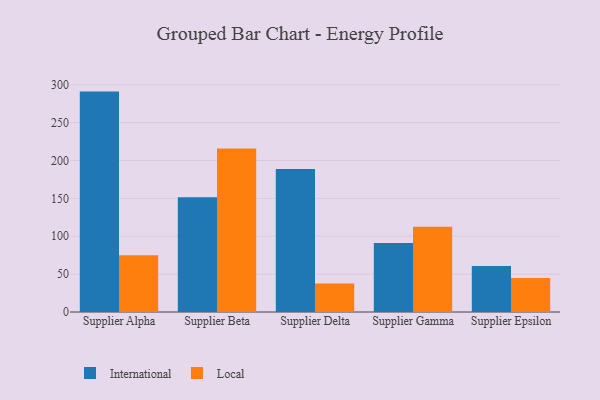
{"axis": {"x": "Supplier", "y": "Demand Index"}, "legend": ["International", "Local"], "data": [{"x": "Supplier Alpha", "y": 291.0, "type": "International"}, {"x": "Supplier Alpha", "y": 75.0, "type": "Local"}, {"x": "Supplier Beta", "y": 151.5, "type": "International"}, {"x": "Supplier Beta", "y": 216.0, "type": "Local"}, {"x": "Supplier Delta", "y": 188.7, "type": "International"}, {"x": "Supplier Delta", "y": 37.6, "type": "Local"}, {"x": "Supplier Gamma", "y": 91.0, "type": "International"}, {"x": "Supplier Gamma", "y": 112.7, "type": "Local"}, {"x": "Supplier Epsilon", "y": 60.7, "type": "International"}, {"x": "Supplier Epsilon", "y": 44.9, "type": "Local"}]}